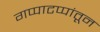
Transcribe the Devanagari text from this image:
गप्पाटप्पांतून